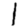
Digit: 1